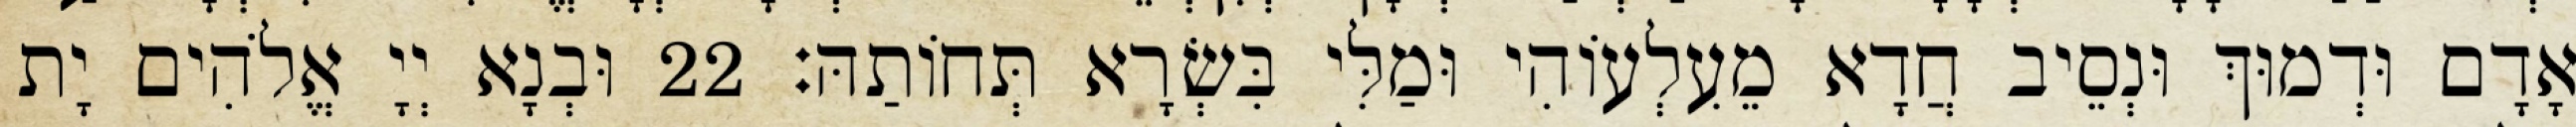
אָדָם וּדְמוּךְ וּנְסֵיב חֲדָא מֵעִלְעוֹהִי וּמַלִּי בִּשְׂרָא תְּחוֹתַהּ׃ 22 וּבְנָא יְיָ אֱלֹהִים יָת